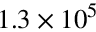
1 . 3 \times 1 0 ^ { 5 }